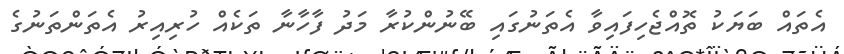
އެތައް ބަޔަކު ތޮއްޖެހިފައިވާ އެތަނުގައި ބޭނުންކުރާ މަދު ފާހާނާ ތަކެއް ހުރިއިރު އެތަންތަނުގެ